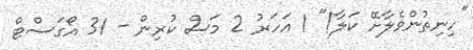
"ހިނިތުންވެލާށޭ ކަލާ!" 1 އަހަރު 2 މަސް ކުރިން - 31 އޯގަސްޓް